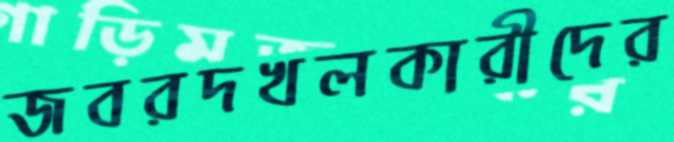
জবরদখলকারীদের